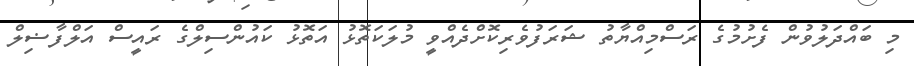
މި ބައްދަލުވުން ފެށުމުގެ ރަސްމިއްޔާތު ޝަރަފުވެރިކޮށްދެއްވީ މުލަކަތޮޅު އަތޮޅު ކައުންސިލްގެ ރައީސް އަލްފާޟިލް